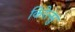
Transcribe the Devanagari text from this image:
किरेत्सु